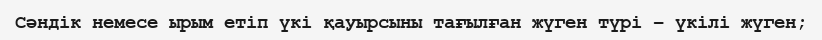
Сәндік немесе ырым етіп үкі қауырсыны тағылған жүген түрі – үкілі жүген;